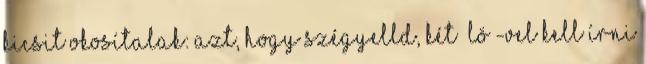
kicsit okosítalak: Azt, hogy SZÉGYELLD, két “LÖ”-vel kell írni